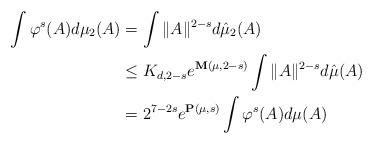
LaTeX: \begin{align*}\int \varphi^s(A)d\mu_2(A)&= \int \|A\|^{2-s}d\hat\mu_2(A)\\& \leq K_{d,2-s}e^{\mathbf{M}(\mu,2-s)} \int \|A\|^{2-s}d\hat\mu(A)\\&=2^{7-2s} e^{\mathbf{P}(\mu,s)} \int \varphi^s(A)d\mu(A)\end{align*}